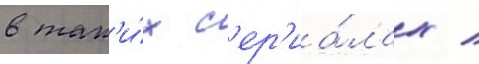
в так'и́х с'ер'иа́лах /